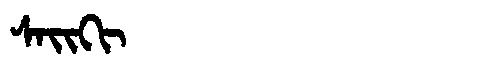
Manchu: ᠰᠠᡳᡴᡳ
Romanization: SAIKI